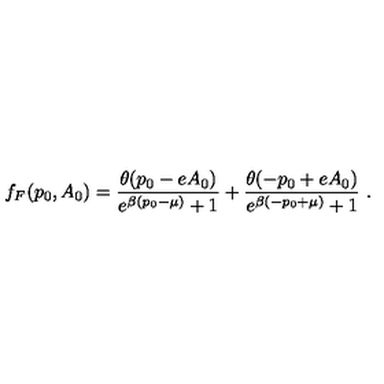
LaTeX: f _ { F } ( p _ { 0 } , A _ { 0 } ) = \frac { \theta ( p _ { 0 } - e A _ { 0 } ) } { e ^ { \beta ( p _ { 0 } - \mu ) } + 1 } + \frac { \theta ( - p _ { 0 } + e A _ { 0 } ) } { e ^ { \beta ( - p _ { 0 } + \mu ) } + 1 } \ .